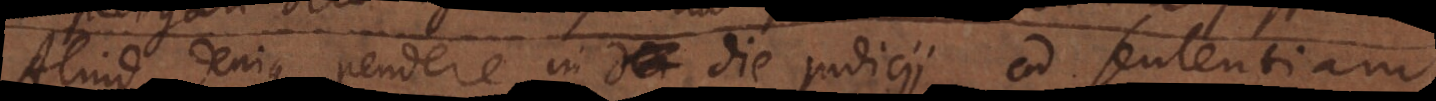
Aliud denique pendere in die judicii ad sententia